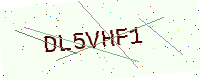
Text: DL5VHF1